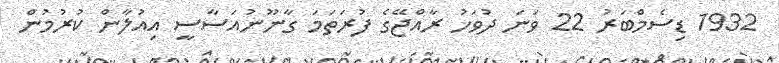
1932 ޑިސެމްބަރު 22 ވަނަ ދުވަހު ރާއްޖޭގެ ފުރަތަމަ ގާނޫނުއަސާސީ އިއުލާން ކުރުމުން